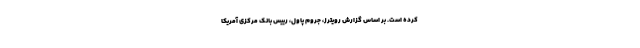
کرده است. بر اساس گزارش رویترز، جروم پاول، رییس بانک مرکزی آمریکا